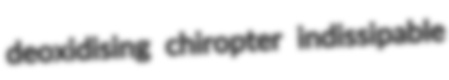
deoxidising chiropter indissipable